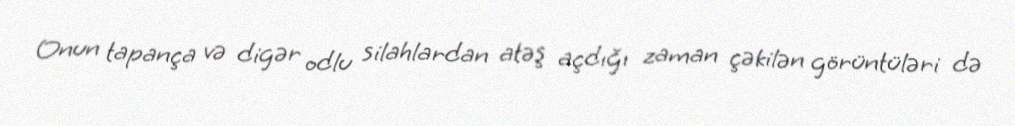
Onun tapança və digər odlu silahlardan atəş açdığı zaman çəkilən görüntüləri də